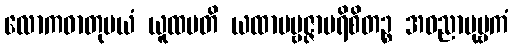
လောကဓာတုမယံ ယူထပတိ ယထာပဗ္ဗဇ္ဇာပရိစိတဉ္စ အဝညာပုဗ္ဗကံ